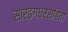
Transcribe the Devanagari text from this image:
सार्ङगधरसंहिता